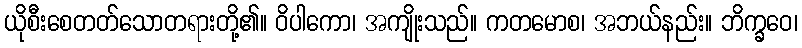
ယိုစီးစေတတ်သောတရားတို့၏။ ဝိပါကော၊ အကျိုးသည်။ ကတမောစ၊ အဘယ်နည်း။ ဘိက္ခဝေ၊